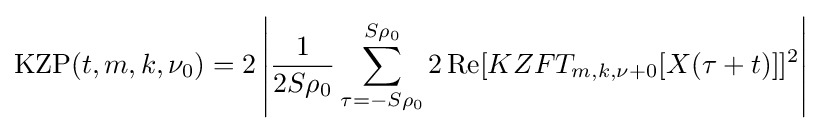
\operatorname {KZP} (t,m,k,\nu _{0})=2\left|{\frac {1}{2S\rho _{0}}}\sum _{\tau =-S\rho _{0}}^{S\rho _{0}}2\operatorname {Re} [KZFT_{m,k,\nu +0}[X(\tau +t)]]^{2}\right|